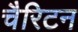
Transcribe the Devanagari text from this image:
चैरिटन